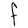
Character: F